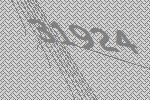
31924